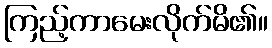
ကြည့်ကာမေးလိုက်မိ၏။